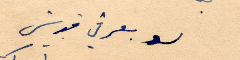
لو يتعرفي قديش